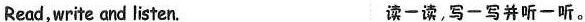
Read,write and listen. 读一读,写一写并听一听。